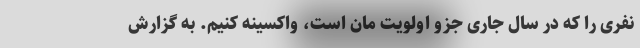
نفری را که در سال جاری جزو اولویت مان است، واکسینه کنیم. به گزارش